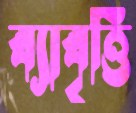
ব্যাবৃত্তি